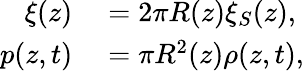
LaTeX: \begin{array}{rl}{\xi(z)}&{{}=2\pi R(z)\xi_{S}(z),}\\ {p(z,t)}&{{}=\pi R^{2}(z)\rho(z,t),}\end{array}